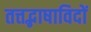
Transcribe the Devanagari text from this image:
तत्तद्भाषाविदों